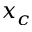
x _ { c }